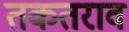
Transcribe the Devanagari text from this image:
तकतराव